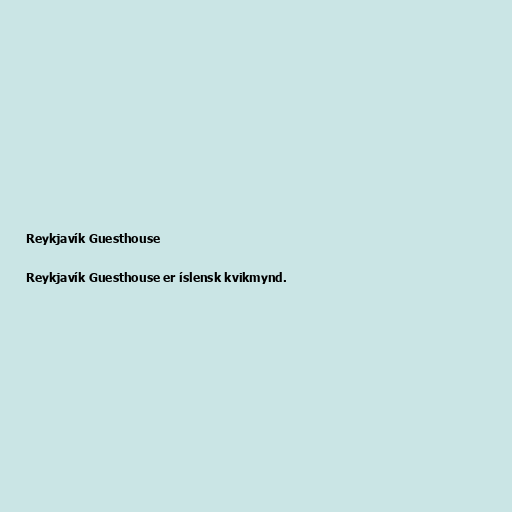
Reykjavík Guesthouse

Reykjavík Guesthouse er íslensk kvikmynd.